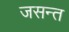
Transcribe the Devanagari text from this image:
जसन्त